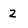
Character: 2